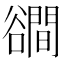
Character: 𧯑